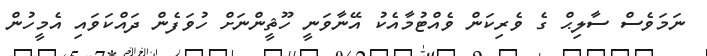
ނަމަވެސް ސާލިޙް ގެ ވެރިކަން ވެއްޓުމާއެކު އޭނާވަނީ ހޫޘީންނަށް ހުވަފެން ދައްކަވައި އެމީހުން